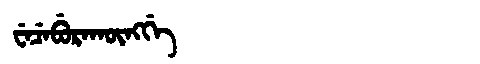
Manchu: ᠸᡝᠴᡝᠪᡠᡵᠠᡴᡡᠩᡤᡝ
Romanization: WECEBURAKŪNGGE